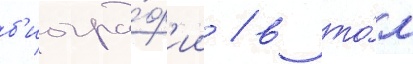
б'иогра́ф'ии / в то́м